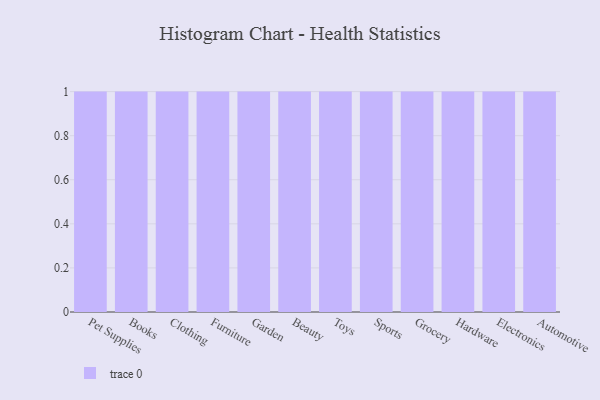
{"axis": {"x": "Category", "y": "Bounce Rate (%)"}, "legend": [""], "data": [{"x": "Pet Supplies", "y": 39, "type": ""}, {"x": "Books", "y": 16, "type": ""}, {"x": "Clothing", "y": 97, "type": ""}, {"x": "Furniture", "y": 13, "type": ""}, {"x": "Garden", "y": 11, "type": ""}, {"x": "Beauty", "y": 5, "type": ""}, {"x": "Toys", "y": 17, "type": ""}, {"x": "Sports", "y": 8, "type": ""}, {"x": "Grocery", "y": 40, "type": ""}, {"x": "Hardware", "y": 26, "type": ""}, {"x": "Electronics", "y": 19, "type": ""}, {"x": "Automotive", "y": 24, "type": ""}]}